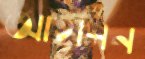
আহলিন